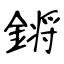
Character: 𨪙